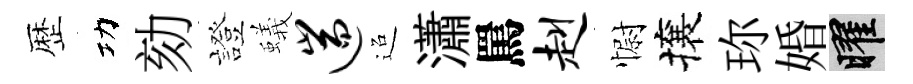
歴功劾證蟻遄迢瀟罵赳𢠢攘珎婚曜